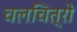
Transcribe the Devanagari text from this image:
चलचित्रो